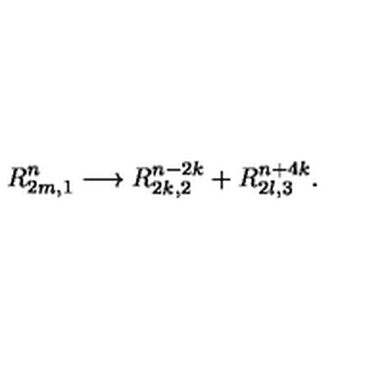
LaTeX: R _ { 2 m , 1 } ^ { n } \longrightarrow R _ { 2 k , 2 } ^ { n - 2 k } + R _ { 2 l , 3 } ^ { n + 4 k } .